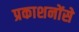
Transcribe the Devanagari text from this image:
प्रकाशनोंसे